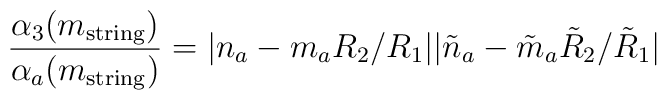
\frac{\alpha_3(m_{\rm string})}{\alpha_a(m_{\rm string})}=|n_a - m_aR_2/R_1||\tilde{n}_a - \tilde{m}_a\tilde{R}_2/\tilde{R}_1|